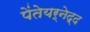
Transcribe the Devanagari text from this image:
पेंतेयर्नेद्द